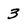
Character: 3